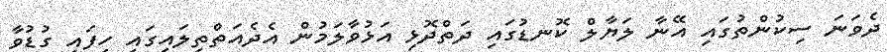
ދެވަނަ ސިކުންތުގައި އޭނާ ލަޔާލް ކޮނޑުގައި ދަތްދޮޅި އަޅުވާލަމުން އެދެއަތްތިލައިގައި ހިފައި ގުޑުވާ